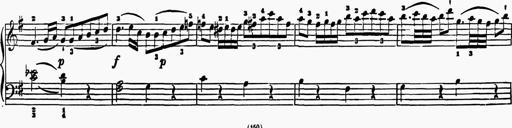
Title: 6 Sonatas
Composer: Muzio Clementi